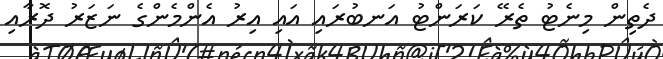
ދެތިން މިނެޓު ތެރޭ ކަރަންޓު އަނބުރައި އައި އިރު އެންމެންގެ ނަޒަރު ދޮރާއި